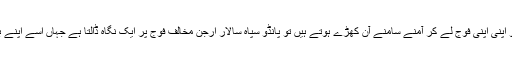
مہا بھارت کی مشہور جنگ میں جب کورو اور پانڈو اپنی اپنی فوج لے کر آمنے سامنے آن کھڑے ہوتے ہیں تو پانڈو سپاہ سالار ارجن مخالف فوج پر ایک نگاہ ڈالتا ہے جہاں اسے اپنے بھائی بند اور عزیز و اقارب صف آراء نظر آتے ہیں۔